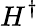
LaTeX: H^{\dagger}